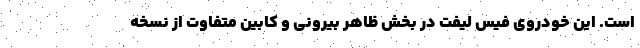
است. این خودروی فیس لیفت در بخش ظاهر بیرونی و کابین متفاوت از نسخه